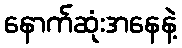
နောက်ဆုံးအနေနဲ့